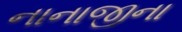
નાનાજીના